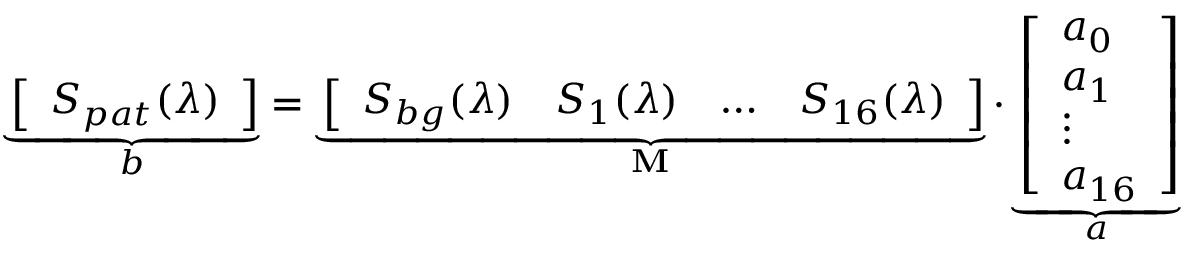
\underbrace { \left[ \begin{array} { l } { S _ { p a t } ( \lambda ) } \end{array} \right] } _ { b } = \underbrace { \left[ \begin{array} { l l l l } { S _ { b g } ( \lambda ) } & { S _ { 1 } ( \lambda ) } & { \ldots } & { S _ { 1 6 } ( \lambda ) } \end{array} \right] } _ { \textbf { M } } \cdot \underbrace { \left[ \begin{array} { l } { a _ { 0 } } \\ { a _ { 1 } } \\ { \vdots } \\ { a _ { 1 6 } } \end{array} \right] } _ { a }